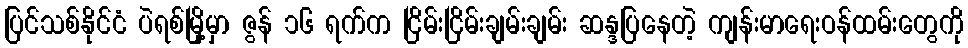
ပြင်သစ်နိုင်ငံ ပဲရစ်မြို့မှာ ဇွန် ၁၆ ရက်က ငြိမ်းငြိမ်းချမ်းချမ်း ဆန္ဒပြနေတဲ့ ကျန်းမာရေးဝန်ထမ်းတွေကို